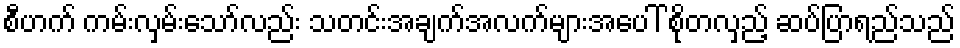
စီဟက် ကမ်းလှမ်းသော်လည်း သတင်းအချက်အလက်များအပေါ် စိုတလှည့် ဆပ်ပြာရည်သည်